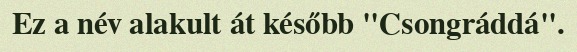
Ez a név alakult át később "Csongráddá".